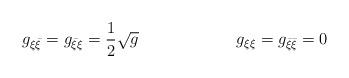
LaTeX: \begin{align*}g_{\xi \bar \xi }=g_{\bar \xi \xi }={\frac{1}{2}} \sqrt{g}\qquad \qquad\qquad g_{\xi \xi }=g_{\bar \xi \bar \xi }=0\end{align*}